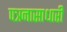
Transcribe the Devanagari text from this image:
पत्रनासाधारी